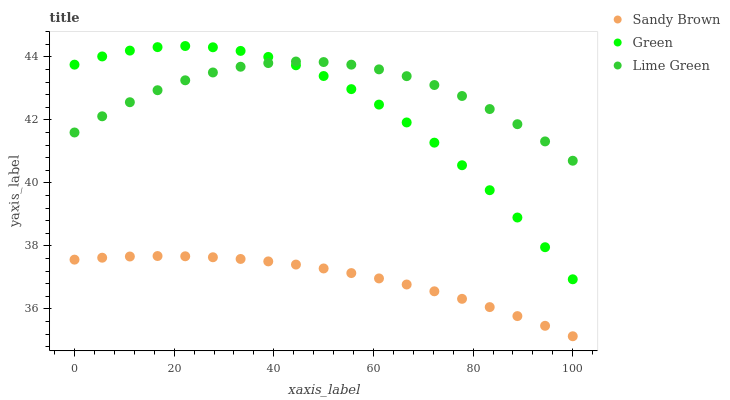
| xaxis_label | Sandy Brown | Green | Lime Green |
 | --- | --- | --- | --- |
 | 0 | 37.6 | 43.8 | 41.6 |
 | 5.56 | 37.6 | 44 | 42.1 |
 | 11.1 | 37.7 | 44.2 | 42.6 |
 | 16.7 | 37.7 | 44.3 | 42.9 |
 | 22.2 | 37.7 | 44.3 | 43.3 |
 | 27.8 | 37.6 | 44.3 | 43.5 |
 | 33.3 | 37.6 | 44.2 | 43.7 |
 | 38.9 | 37.5 | 44 | 43.8 |
 | 44.4 | 37.4 | 43.7 | 43.9 |
 | 50 | 37.3 | 43.4 | 43.8 |
 | 55.6 | 37.1 | 43 | 43.8 |
 | 61.1 | 37 | 42.5 | 43.6 |
 | 66.7 | 36.8 | 41.9 | 43.4 |
 | 72.2 | 36.6 | 41.3 | 43.1 |
 | 77.8 | 36.3 | 40.6 | 42.8 |
 | 83.3 | 36.1 | 39.8 | 42.3 |
 | 88.9 | 35.8 | 38.9 | 41.9 |
 | 94.4 | 35.5 | 38 | 41.3 |
 | 100 | 35.1 | 36.9 | 40.7 |